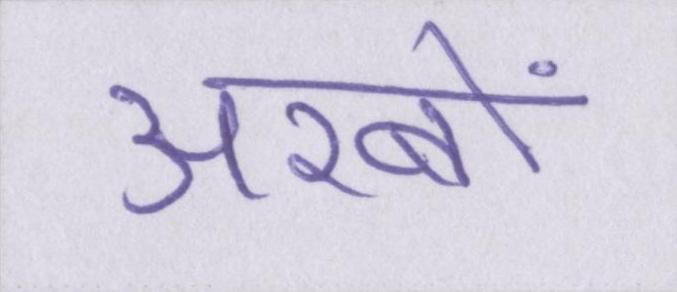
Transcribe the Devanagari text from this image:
अरबों